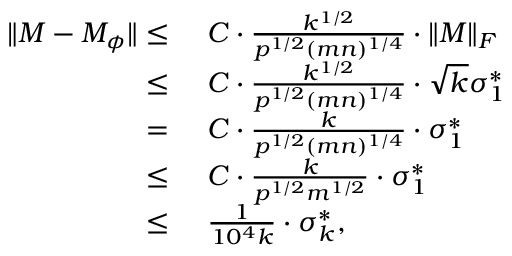
\begin{array} { r l } { \| M - M _ { \phi } \| \leq } & { ~ C \cdot \frac { k ^ { 1 / 2 } } { p ^ { 1 / 2 } ( m n ) ^ { 1 / 4 } } \cdot \| M \| _ { F } } \\ { \leq } & { ~ C \cdot \frac { k ^ { 1 / 2 } } { p ^ { 1 / 2 } ( m n ) ^ { 1 / 4 } } \cdot \sqrt { k } \sigma _ { 1 } ^ { * } } \\ { = } & { ~ C \cdot \frac { k } { p ^ { 1 / 2 } ( m n ) ^ { 1 / 4 } } \cdot \sigma _ { 1 } ^ { * } } \\ { \leq } & { ~ C \cdot \frac { k } { p ^ { 1 / 2 } m ^ { 1 / 2 } } \cdot \sigma _ { 1 } ^ { * } } \\ { \leq } & { ~ \frac { 1 } { 1 0 ^ { 4 } k } \cdot \sigma _ { k } ^ { * } , } \end{array}